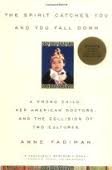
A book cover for The Spirit Catches You and You Fall Down: A Hmong Child, Her American Doctors, and the Collision of
Two Cultures; Anne Fadiman; Politics & Social Sciences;